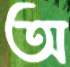
অ